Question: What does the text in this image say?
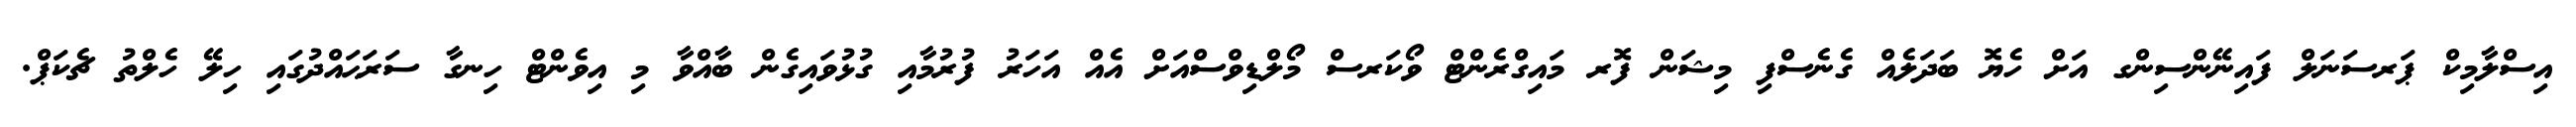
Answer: އިސްލާމިކް ޕަރސަނަލް ފައިނޭންސިންގ އަށް ހެޔޮ ބަދަލެއް ގެނެސްފި މިޝަން ފޮރ މައިގްރެންޓް ވޯކަރސް މޯލްޑިވްސްއަށް އެއް އަހަރު ފުރުމާއި ގުޅުވައިގެން ބާއްވާ މި އިވެންޓް ހިނގާ ސަރަޙައްދުގައި ހިލޭ ހެލްތު ޗެކަޕް.